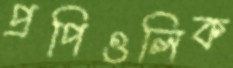
প্রপিওলিক